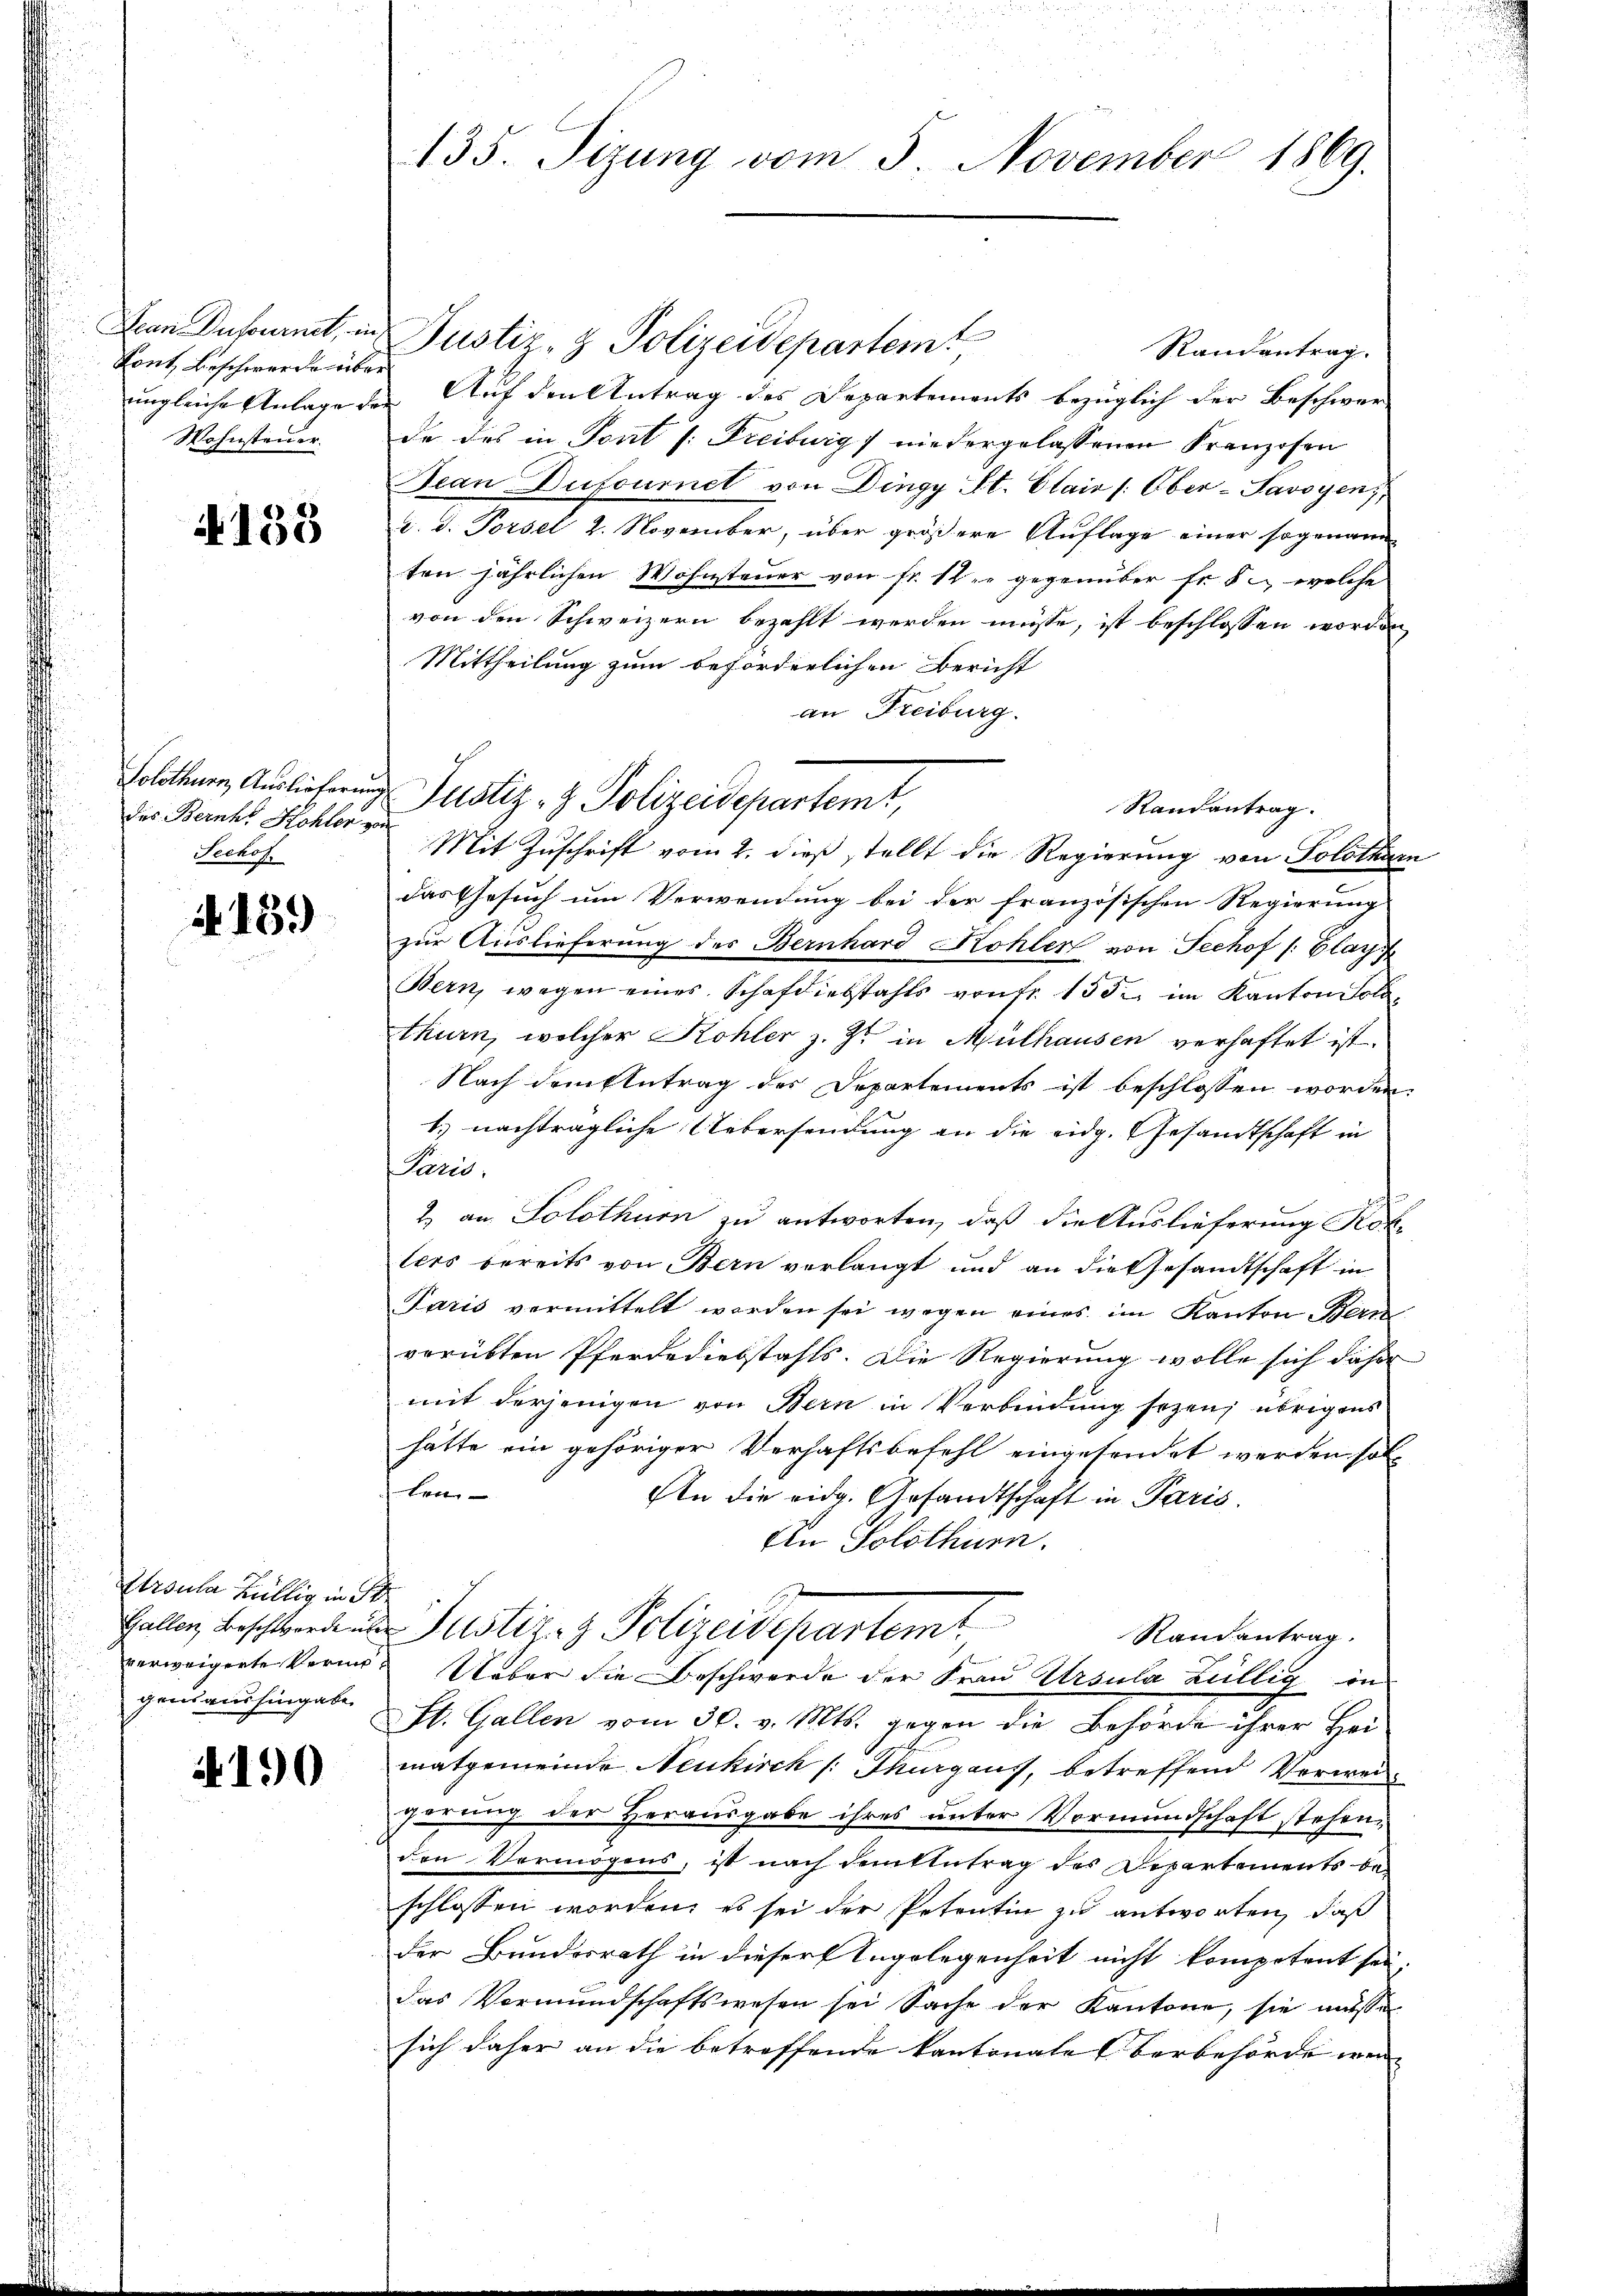
Denn Dufournt, in
Sont, Beschwerde be
ungleiche Anlage de
Wohnsteuer.

4133

Solothurn, Auslieferun
des Bernhs Kohlen z
Sechof.

4159

Etrsula hellig in St
Gallen, Beschwerde un
gensaushingabe

4190

135. Sizung vom 5. November 1869.

Justiz- & Polizeidepartem
Randantrag.
Auf den Antrag des Departements bezüglich der Beschwer-
de des in Pont /: Freiburg / niedergelassenen Franzosen
Jean Dufournet von Dingy St. Clair [Ober-Savoyens,
d. d. Porsel 2. November, über größere Auflage einer sogenaue
ten jährlichen Wohnsteuer von fr. sie gegenüber fr. 5. welche
von den Schweizern bezahlt werden müsse, ist beschlossen worden
Mittheilung zum beförderlichen Bericht
an Freiburg.
Randantrag.
 Mit Zuschrift vom 2. dieß stellt die Regierung von Solothurn
das Gesuch um Verwendung bei der französischen Regierung
zur Auslieferung des Bernhard Kohler von Sechof /: Glarus
Bern, wegen eines Schafdiebstahls von fr. 155 im Kanton Solo-
thurn, welcher Kohler z. Z. in Mülhausen verhaftet ist.
Nach dem Eintrag des Departements ist beschlossen worden.
1.) nachträgliche Uebersendung an die eidg. Gesandtschaft in
Paris.
2) an Solothurn zu antworten, daß die Auslieferung Not-
lers bereits von Bern verlangt und an die Gesandtschaft in
Paris vermittelt worden sei wegen eines im Kanton Bern
verübten Pferdediebstahls. Die Regierung wolle sich daher
mit derjenigen von Bern in Verbindung sezens übrigens
hätte ein gehöriger Verhaftsbefehl eingesendet werden sol¬
Len
An die eidg. Gesandtschaft in Paris.
Ein Solothurn.
Justiz- & Polizeidepartemt
Randantrag.
verweigerte Veren Ueber die Beschwerde der Frau Ursula Billig in
St. Gallen vom 30. v. Mts. gegen die Behörde ihrer Heimatgemeinde Neukirch /: Thurgaus, betreffend Verweigerung der Herausgabe ihres unter Vormundschaft stehen,
den Vermögens, ist nach demflutrag des Departements de
schlossen worden, es sei der Petentin zu antworten, daß
der Bundesrath in dieser Angelegenheit nicht kompetent sei.
das Vormundschaftswesen sei Sache der Kantone, sie müße
sich daher an die betreffende kantonale verbehörde wer |

Justiz- & Polizeidepartemt,